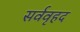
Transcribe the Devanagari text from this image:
सर्ववृहद